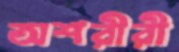
অশরীরী